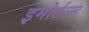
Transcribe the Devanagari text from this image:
इमोर्टल्स